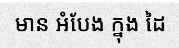
មាន អំបែង ក្នុង ដៃ